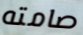
صامته